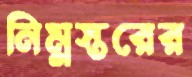
নিম্নস্তরের